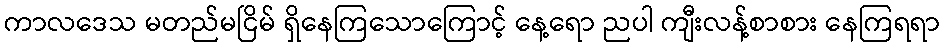
ကာလဒေသ မတည်မငြိမ် ရှိနေကြသောကြောင့် နေ့ရော ညပါ ကျီးလန့်စာစား နေကြရရာ